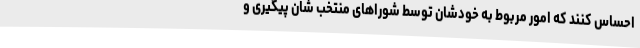
احساس کنند که امور مربوط به خودشان توسط شوراهای منتخب شان پیگیری و